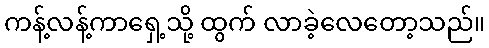
ကန့်လန့်ကာရှေ့သို့ ထွက် လာခဲ့လေတော့သည်။